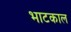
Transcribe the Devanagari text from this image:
भाटकाल